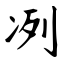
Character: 冽